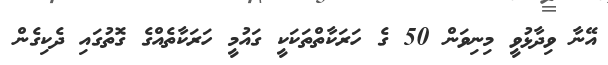
އޭނާ ވިދާޅުވީ މިނިވަން 50 ގެ ހަރަކާތްތަކަކީ ގައުމީ ހަރަކާތެއްގެ ގޮތުގައި ދެކިގެން